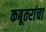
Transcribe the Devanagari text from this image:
कबूतरांचा